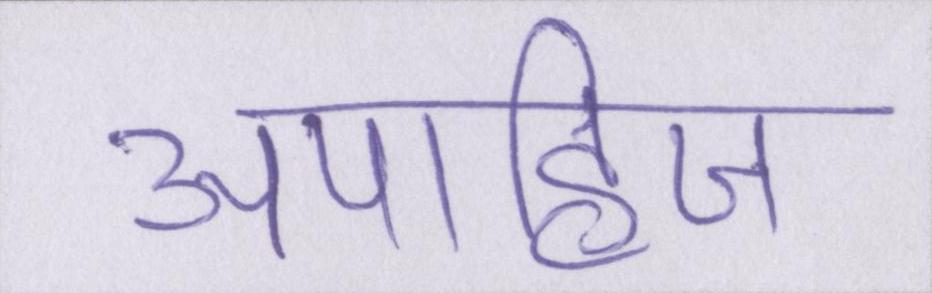
अपाहिज